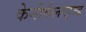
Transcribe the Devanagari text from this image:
केनीबैलाइज्ड